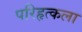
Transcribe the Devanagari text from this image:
परिहृत्कला